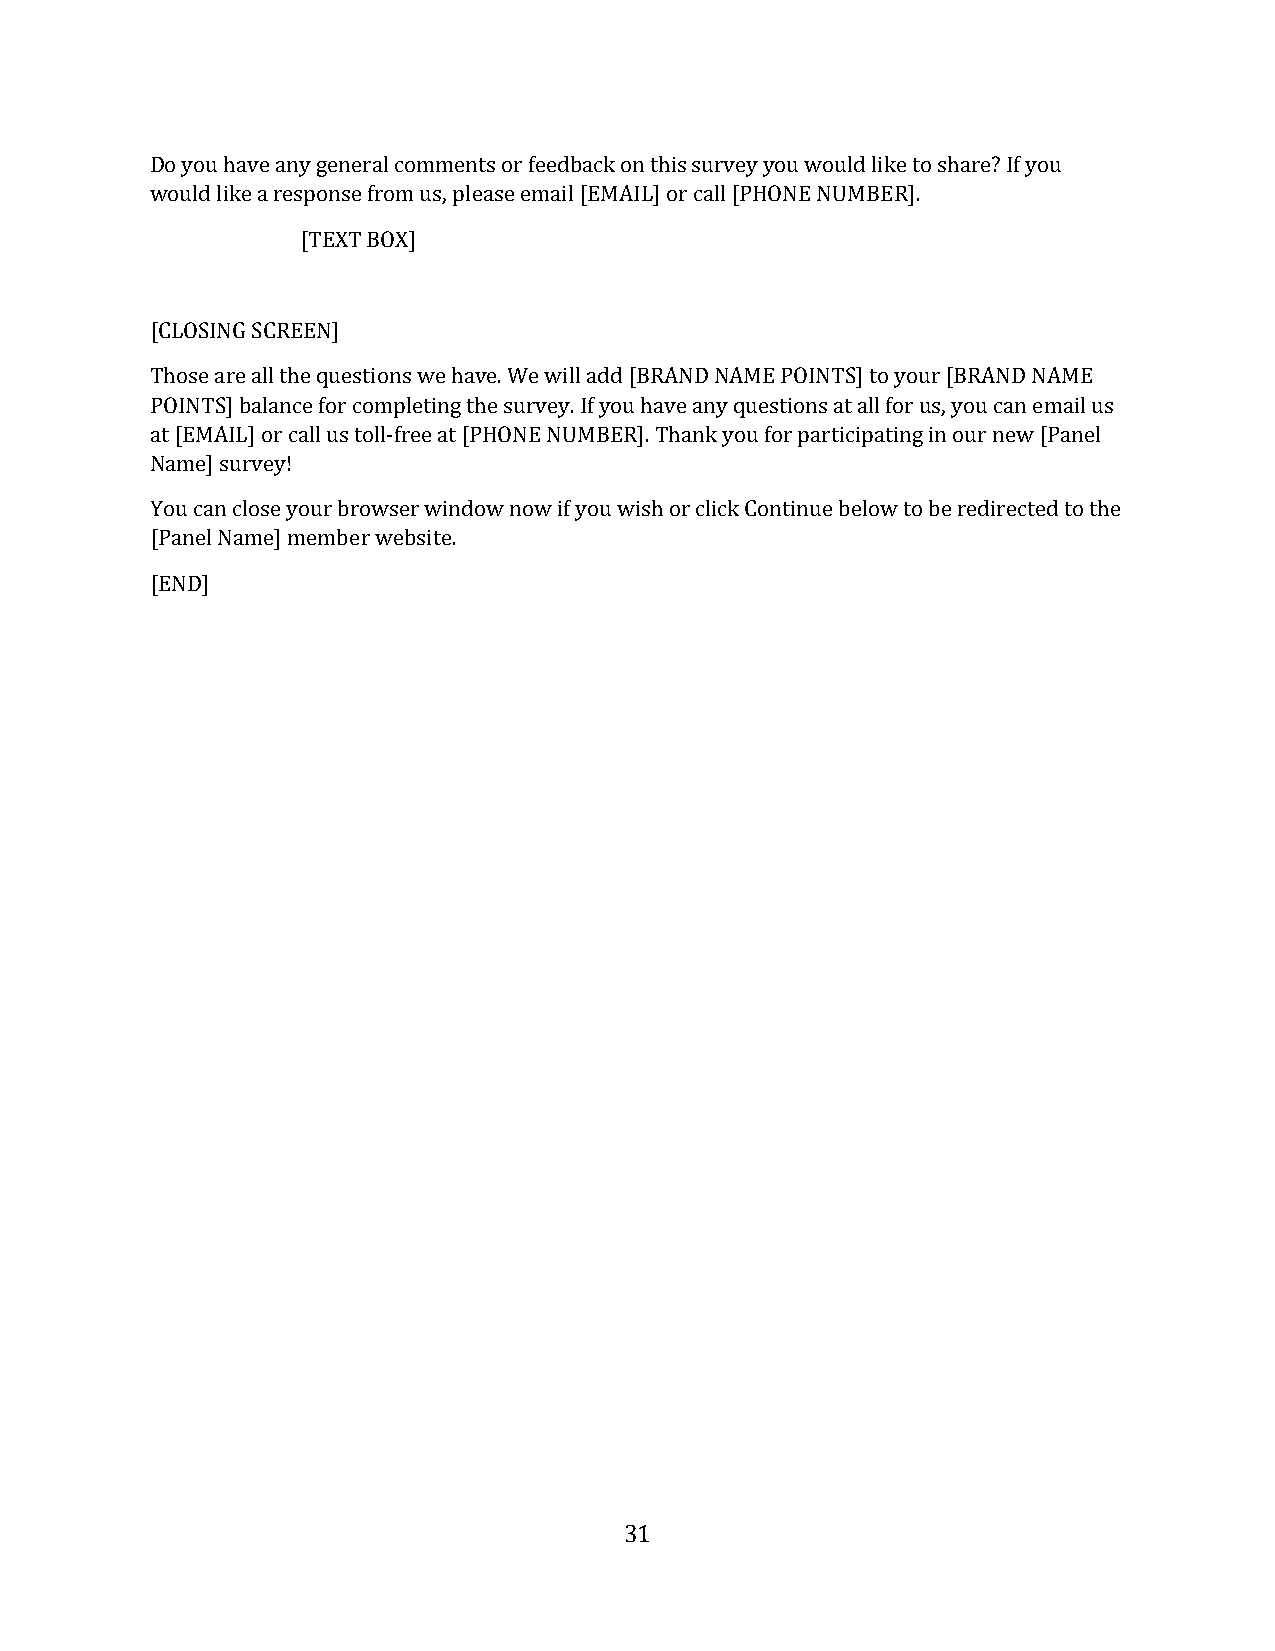
Do you have any general comments or feedback on this survey you would like to share? If you
 would like a response from us, please email [EMAIL] or call [PHONE NUMBER].
 [TEXT BOX]
 [CLOSING SCREEN]
 Those are all the questions we have. We will add [BRAND NAME POINTS] to your [BRAND NAME
 POINTS] balance for completing the survey. If you have any questions at all for us, you can email us
 at [EMAIL] or call us toll-free at [PHONE NUMBER]. Thank you for participating in our new [Panel
 Name] survey!
 You can close your browser window now if you wish or click Continue below to be redirected to the
 [Panel Name] member website.
 [END]
 31